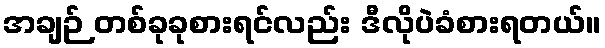
အချဉ် တစ်ခုခုစားရင်လည်း ဒီလိုပဲခံစားရတယ်။